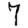
Digit: 7